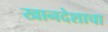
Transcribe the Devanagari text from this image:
खानदेशाचा